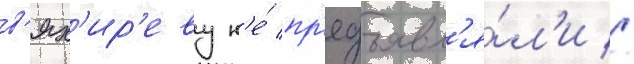
в'ях'ир'еву н'е́ пр'едъявл'я́л'и //